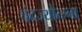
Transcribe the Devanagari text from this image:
चंदज्योत्स्ना